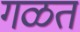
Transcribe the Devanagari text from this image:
गळत